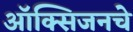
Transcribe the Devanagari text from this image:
ऑक्‍सिजनचे